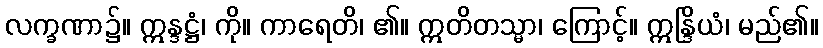
လက္ခဏာ၌။ ဣန္ဒဋ္ဌံ၊ ကို။ ကာရေတိ၊ ၏။ ဣတိတသ္မာ၊ ကြောင့်။ ဣန္ဒြိယံ၊ မည်၏။